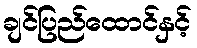
ချင်ပြည်ထောင်နှင့်